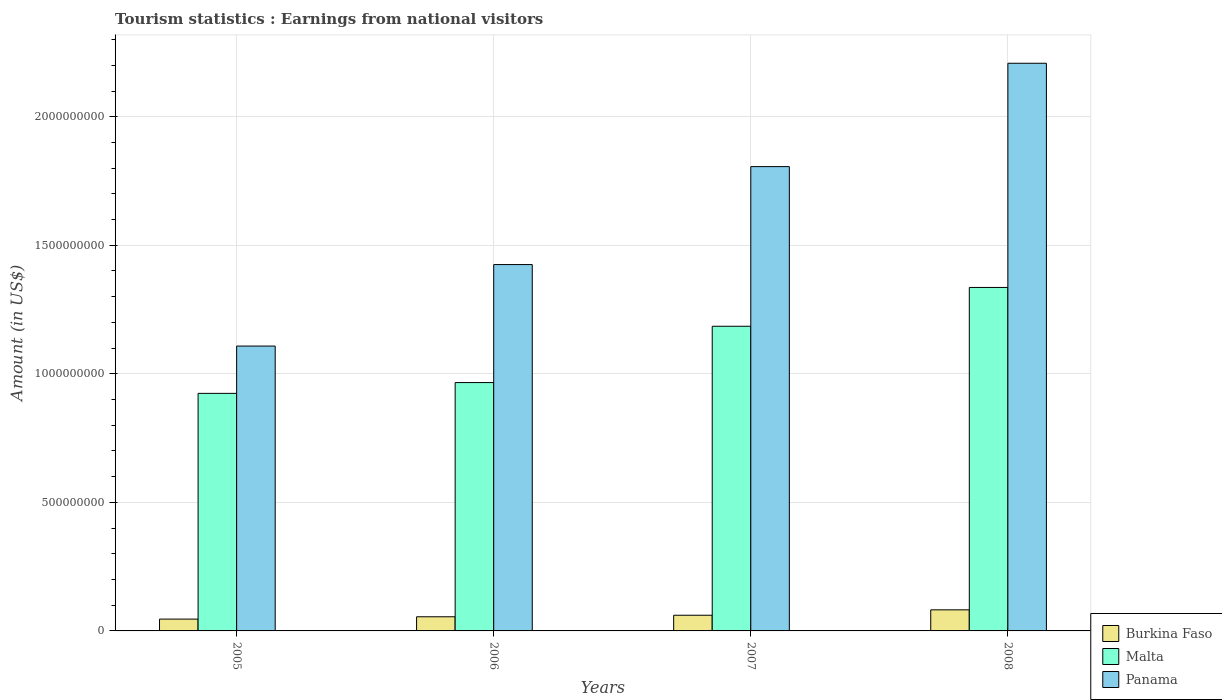
| Years | Burkina Faso | Malta | Panama |
 | --- | --- | --- | --- |
 | 2005 | 4.6e+07 | 9.24e+08 | 1.11e+09 |
 | 2006 | 5.5e+07 | 9.66e+08 | 1.42e+09 |
 | 2007 | 6.1e+07 | 1.18e+09 | 1.81e+09 |
 | 2008 | 8.2e+07 | 1.34e+09 | 2.21e+09 |